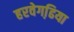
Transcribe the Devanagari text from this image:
हरवेगढि़या